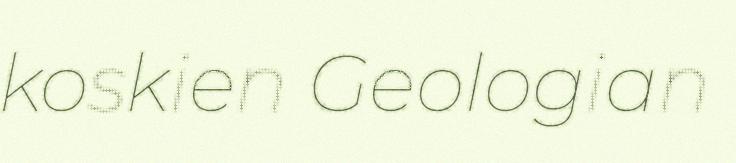
koskien Geologian